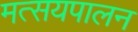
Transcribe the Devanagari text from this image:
मत्सयपालन